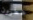
خطرون